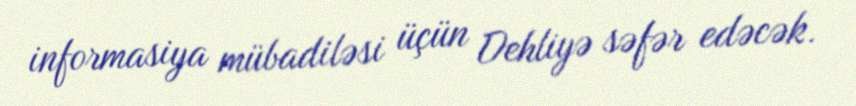
informasiya mübadiləsi üçün Dehliyə səfər edəcək.